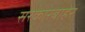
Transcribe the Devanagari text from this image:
सरकारबाहेर